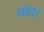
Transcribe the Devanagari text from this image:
थोदा